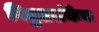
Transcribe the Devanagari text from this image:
विद्युतसंकेच